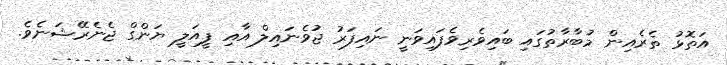
އަތޮޅު ތެރެއިން މުބާރާތުގައި ބައިވެރިވެފައިވަނީ ނައިފަރު ޖުވެނައިލް އާއި ފީއަލީ ޔަންގް ޖެނެރޭޝަނެވެ.